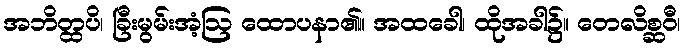
အဘိတ္ထပိ၊ ခြီးမွမ်းအံ့ဩ ထောပနာ၏။ အထခေါ၊ ထိုအခါ၌။ တေလိစ္ဆဝီ၊